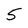
Character: 5